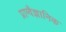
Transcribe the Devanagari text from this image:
प्राग्वैज्ञानिक